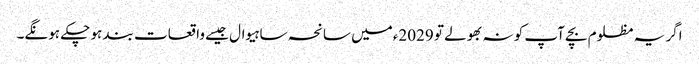
اگر یہ مظلوم بچے آپ کو نہ بھولے تو 2029ءمیں سانحہ ساہیوال جیسے واقعات بند ہو چکے ہونگے۔